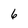
Character: 6